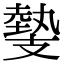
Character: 𢻝